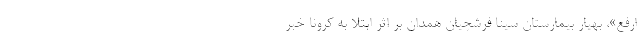
ارفع»، بهیار بیمارستان سینا فرشچیان همدان بر اثر ابتلا به کرونا خبر